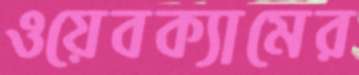
ওয়েবক্যামের